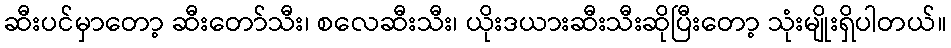
ဆီးပင်မှာတော့ ဆီးတော်သီး၊ စလေဆီးသီး၊ ယိုးဒယားဆီးသီးဆိုပြီးတော့ သုံးမျိုးရှိပါတယ်။